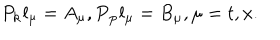
LaTeX: P _ { { \bf k } } l _ { \mu } = A _ { \mu } , P { \bf _ p } l _ { \mu } = B _ { \mu } , \mu = t , x .